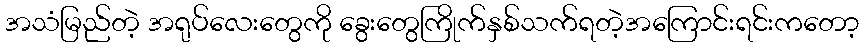
အသံမြည်တဲ့ အရုပ်လေးတွေကို ခွေးတွေကြိုက်နှစ်သက်ရတဲ့အကြောင်းရင်းကတော့